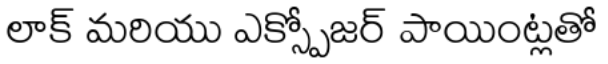
లాక్ మరియు ఎక్స్పోజర్ పాయింట్లతో